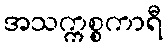
အသက္ကစ္စကာရီ